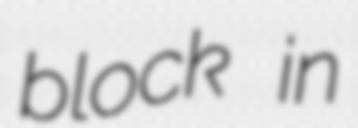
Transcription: block in